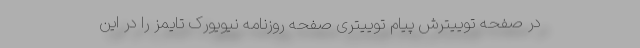
در صفحه توییترش پیام توییتری صفحه روزنامه نیویورک تایمز را در این